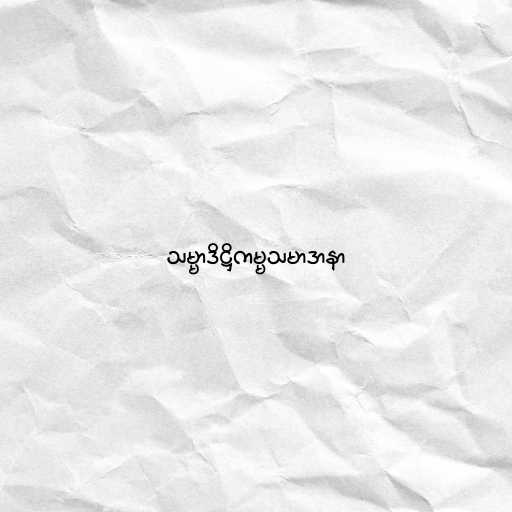
သမ္မာဒိဋ္ဌိကမ္မသမာဒာနာ